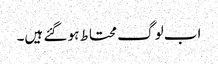
اب لوگ محتاط ہو گئے ہیں۔